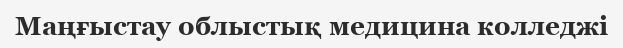
Маңғыстау облыстық медицина колледжі